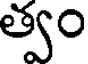
త్వం